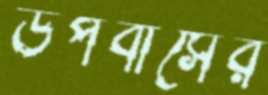
উপবাসের